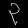
Digit: ၃